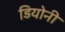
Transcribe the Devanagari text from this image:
डियोनी